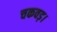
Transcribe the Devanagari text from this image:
चकवड़।